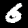
Digit: 6